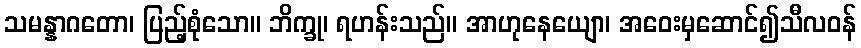
သမန္နာဂတော၊ ပြည့်စုံသော။ ဘိက္ခု၊ ရဟန်းသည်။ အာဟုနေယျော၊ အဝေးမှဆောင်၍သီလဝန်